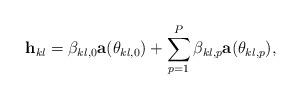
LaTeX: \begin{align*}\mathbf{h}_{kl} =\beta_{kl,0}\mathbf{a}(\theta_{kl,0})+\sum_{p=1}^{P}\beta_{kl,p}\mathbf{a}(\theta_{kl,p}),\end{align*}